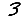
Digit: 3